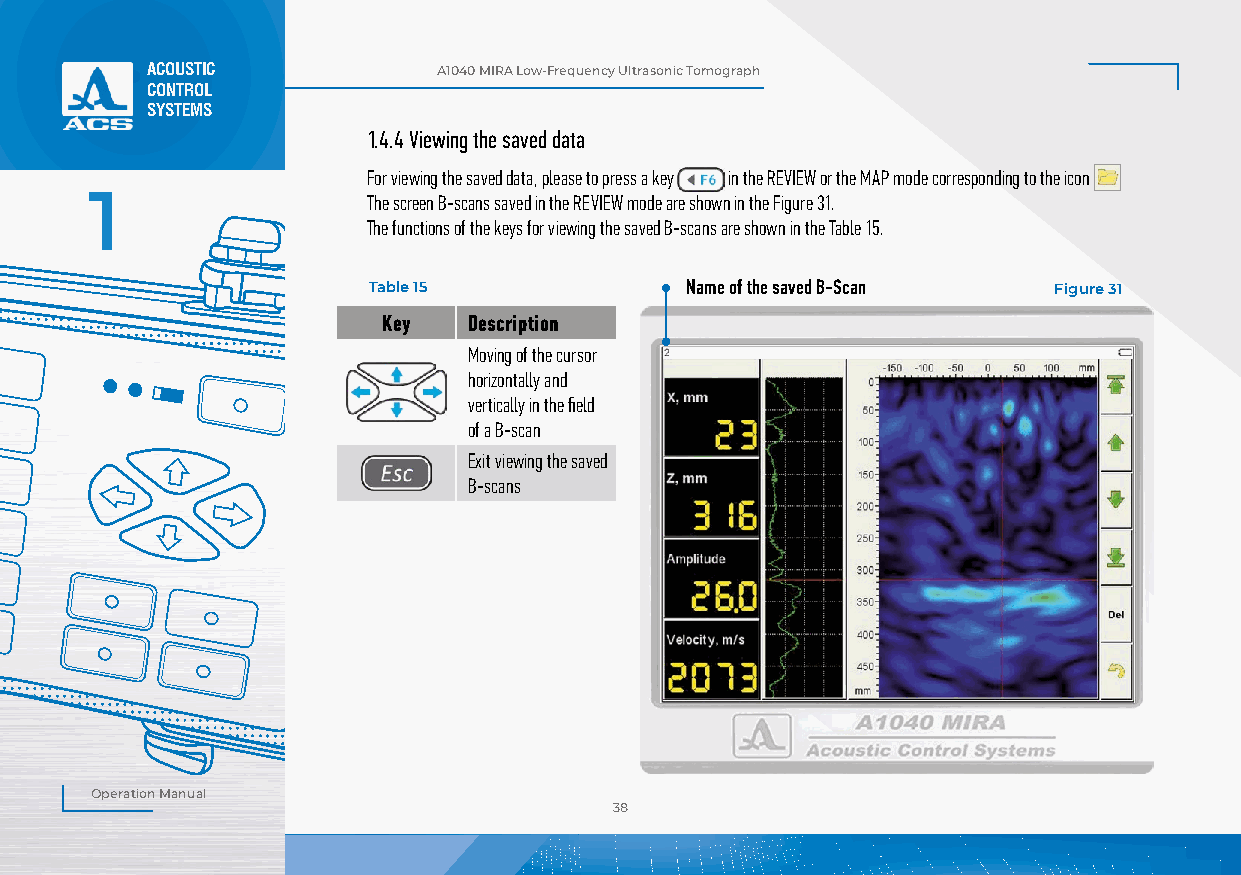
ACOUSTIC           А1040 MIRA Low-Frequency Ultrasonic Tomograph
 CONTROL
 SYSTEMS
 1.4.4 Viewing the saved data
 For viewing the saved data, please to press a key in the REVIEW or the MAP mode corresponding to the icon
 1                 The screen B-scans saved in the REVIEW mode are shown in the Figure 31.
 The functions of the keys for viewing the saved B-scans are shown in the Table 15.
 Table 15             Name of the saved B-Scan Figure 31
 Key   Description
 Moving of the cursor
 horizontally and
 vertically in the field
 of a B-scan
 Exit viewing the saved
 B-scans
 Operation Manual
 38